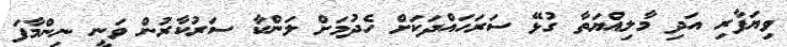
ވިޔަފާރި އަދި މާލިއްޔަތާ ގުޅޭ ސަރަހައްދަކަށް ހެދުމަށް ލަންކާ ސަރުކާރުން ވަނީ ނިންމާފަ